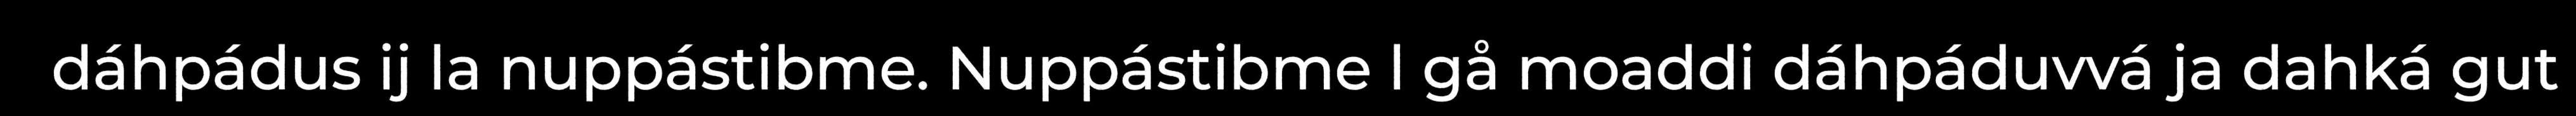
dáhpádus ij la nuppástibme. Nuppástibme l gå moaddi dáhpáduvvá ja dahká gut